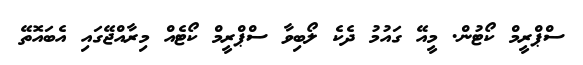
ސްޕްރީމް ކޯޓުން. މީއޭ ގައުމު ދެކެ ލޯބިވާ ސްޕްރީމް ކޯޓެއް މިރާއްޖޭގައި އެބައޮތޭ